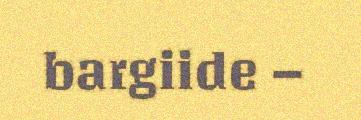
bargiide –